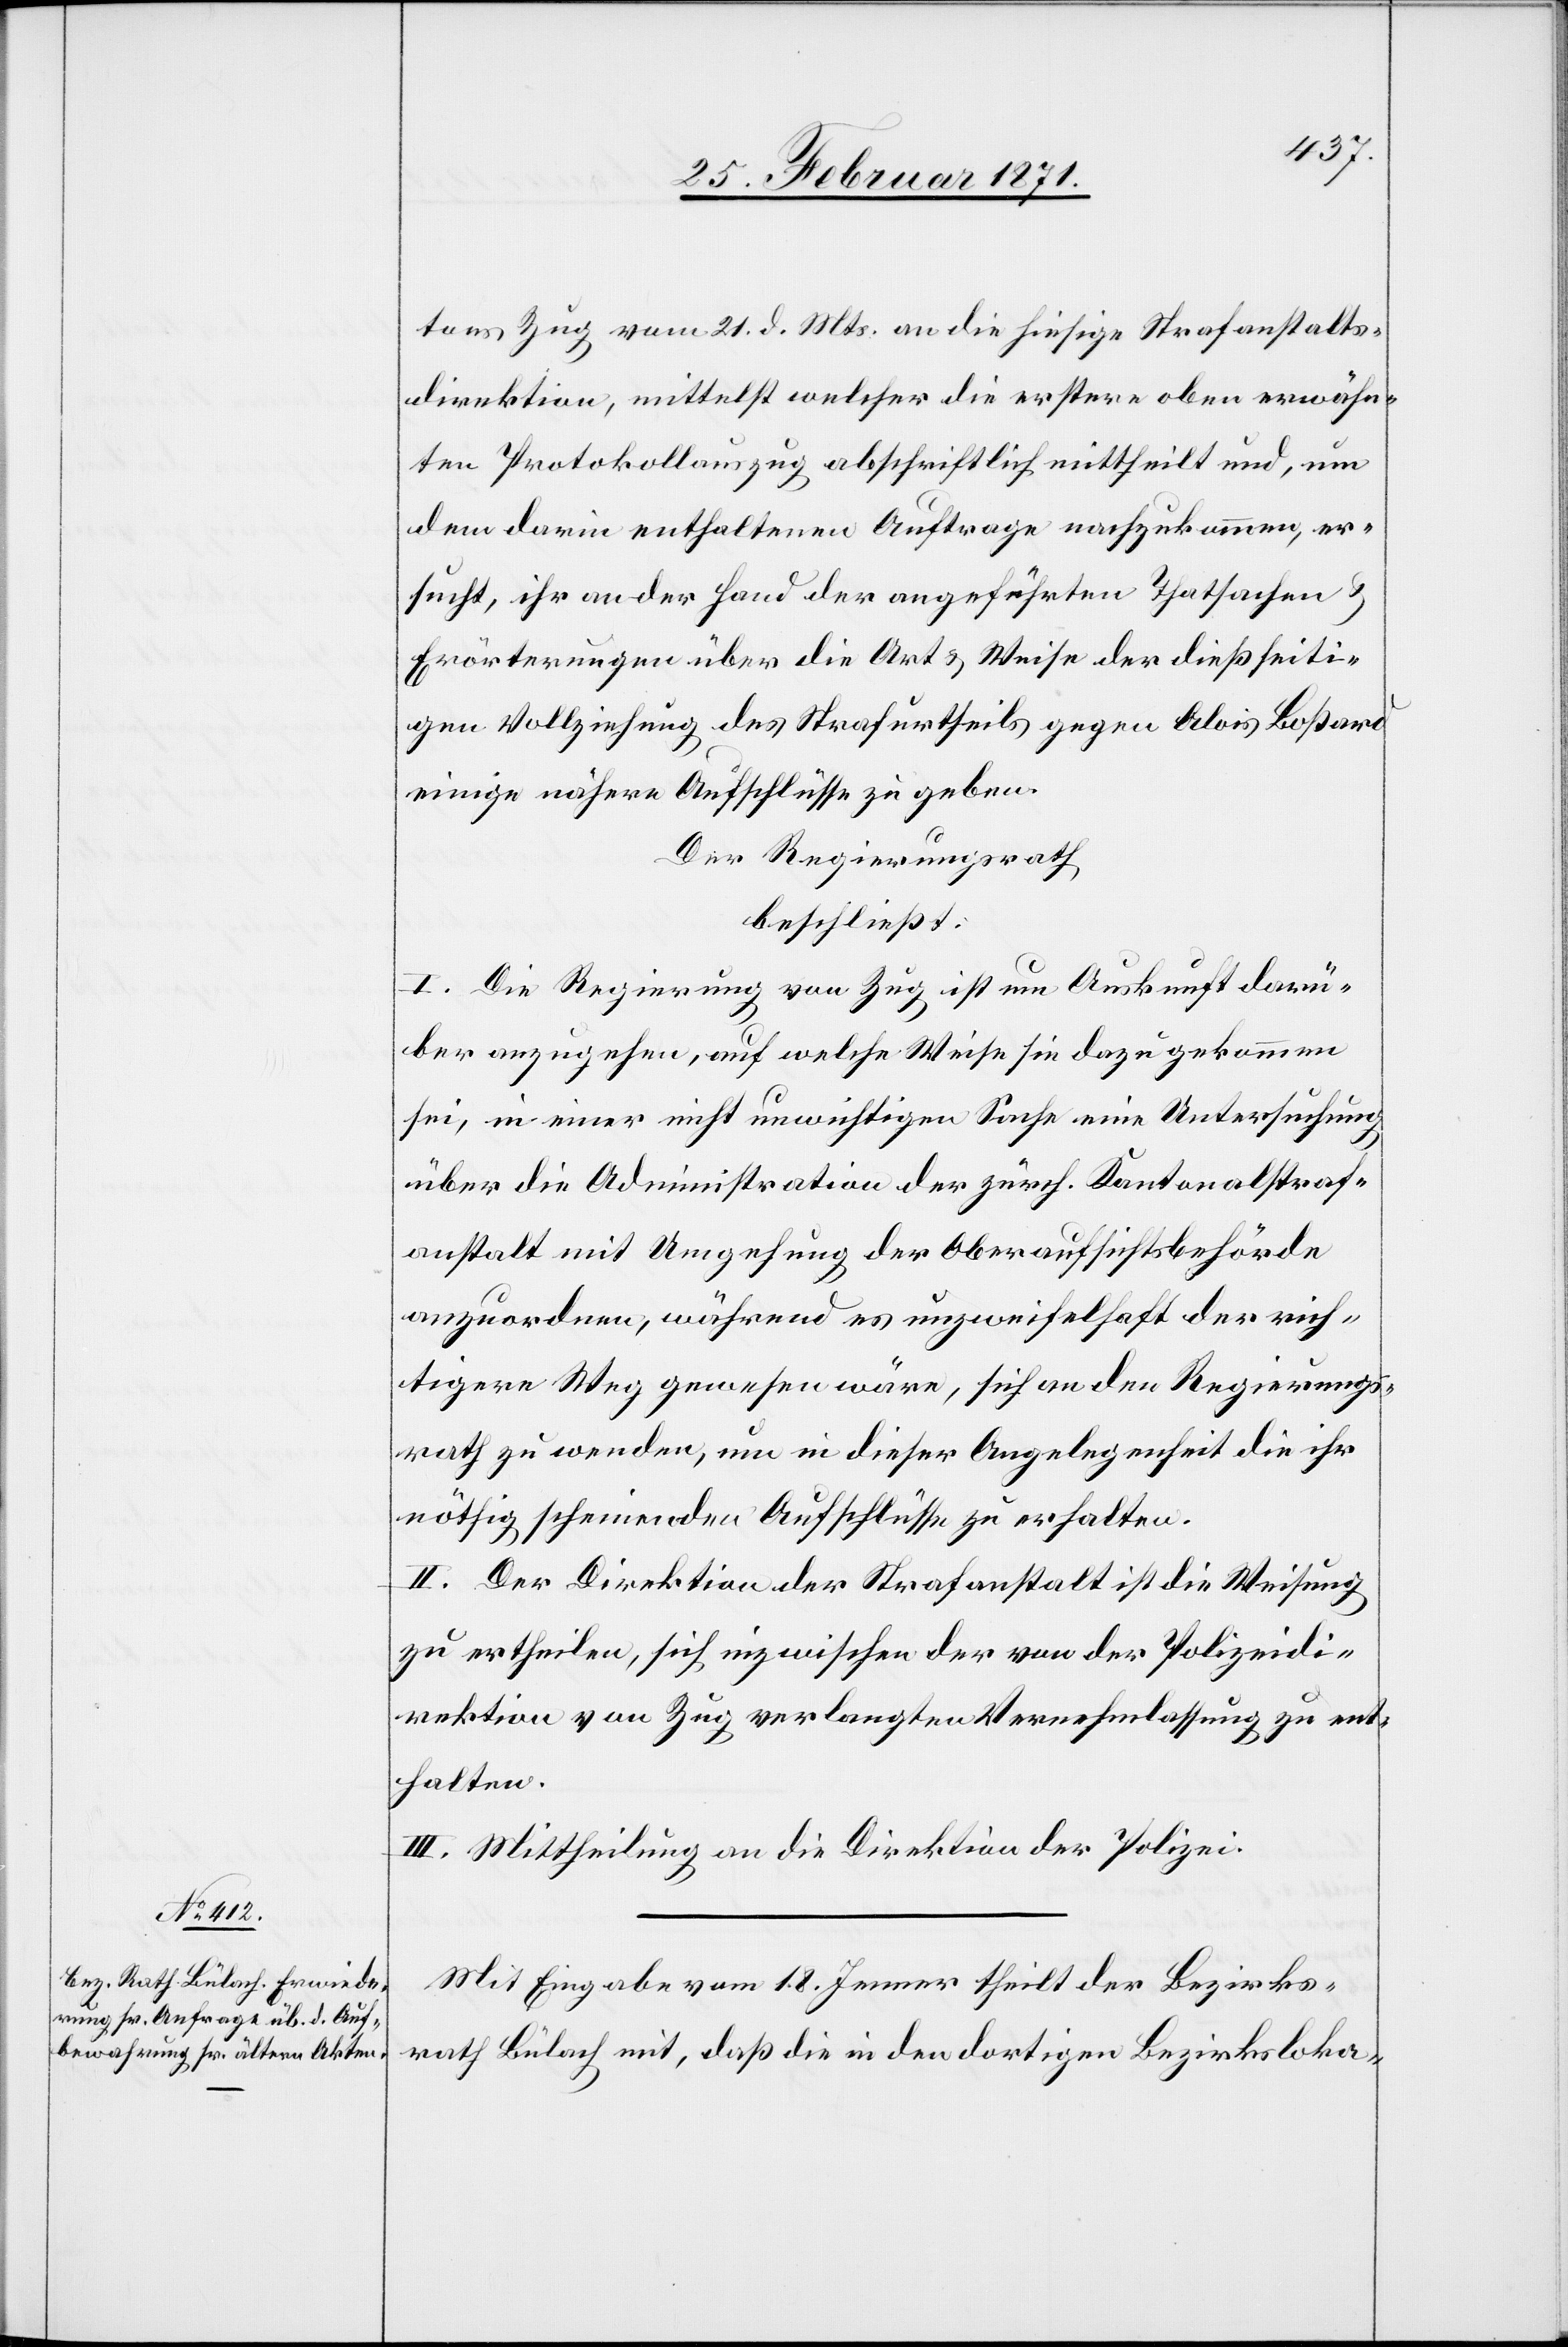
tons Zug vom 21. d. Mts. an die hiesige Strafanstalts¬
direktion, mittelst welcher die erstere oben erwähn¬
ten Protokollauszug abschriftlich mittheilt und, um
dem darin enthaltenen Auftrage nachzukommen, er¬
sucht, ihr an der Hand der angeführten Thatsachen u.
Erörterungen über die Art u. Weise der diesseiti¬
gen Vollziehung des Strafurtheils gegen Alois Boßard
einige nähere Aufschlüsse zu geben.
Der Regierungsrath
beschließt:
I. Die Regierung von Zug ist um Auskunft darü¬
ber anzugehen, auf welche Weise sie dazu gekommen
sei, in einer nicht unwichtigen Sache eine Untersuchung
über die Administration der zürch. Kantonalstraf¬
anstalt mit Umgehung der Oberaufsichtsbehörde
anzuordnen, während es unzweifelhaft der rich¬
tigere Weg gewesen wäre, sich an den Regierungs¬
rath zu wenden, um in dieser Angelegenheit die ihr
nöthig scheinenden Aufschlüsse zu erhalten.
II. Der Direktion der Strafanstalt ist die Weisung
zu ertheilen, sich inzwischen der von der Polizeidi¬
rektion von Zug verlangten Vernehmlassung zu ent¬
halten.
III. Mittheilung an die Direktion der Polizei.
Mit Eingabe vom 18. Jenner theilt der Bezirks¬
rath Bülach mit, daß die in den dortigen Bezirksloka-